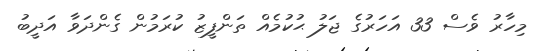
މިހާރު ވެސް 33 އަހަރުގެ ޖަލު ޙުކުމެއް ތަންފީޒު ކުރަމުން ގެންދަވާ އަދީބު